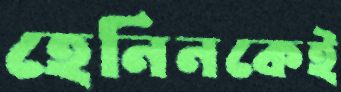
হেনিনকেই